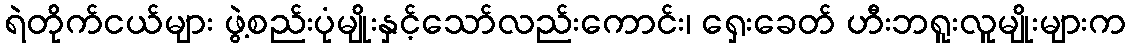
ရဲတိုက်ငယ်များ ဖွဲ့စည်းပုံမျိုးနှင့်သော်လည်းကောင်း၊ ရှေးခေတ် ဟီးဘရူးလူမျိုးများက